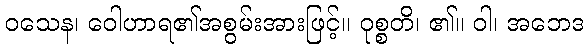
ဝသေန၊ ဝေါဟာရ၏အစွမ်းအားဖြင့်။ ဝုစ္စတိ၊ ၏။ ဝါ၊ အဘေဒ